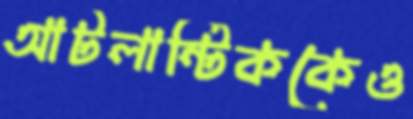
আটলান্টিককেও